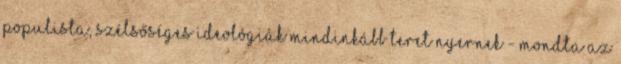
populista, szélsőséges ideológiák mindinkább teret nyernek - mondta az